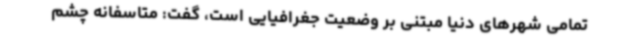
تمامی شهرهای دنیا مبتنی بر وضعیت جغرافیایی است، گفت: متاسفانه چشم